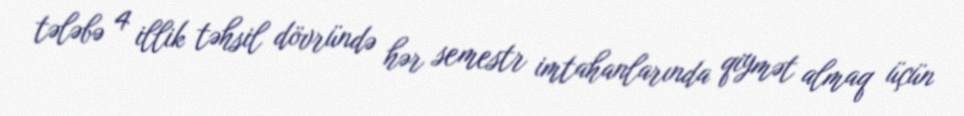
tələbə 4 illik təhsil dövründə hər semestr imtahanlarında qiymət almaq üçün